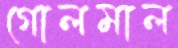
গোলমাল